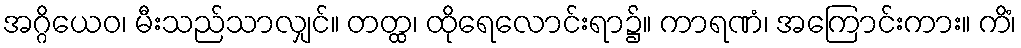
အဂ္ဂိယေဝ၊ မီးသည်သာလျှင်။ တတ္ထ၊ ထိုရေလောင်းရာ၌။ ကာရဏံ၊ အကြောင်းကား။ ကိံ၊